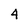
Character: 4